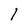
Character: l